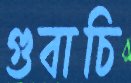
গুবাচি